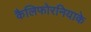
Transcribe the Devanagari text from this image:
कैलिफोरनियाके